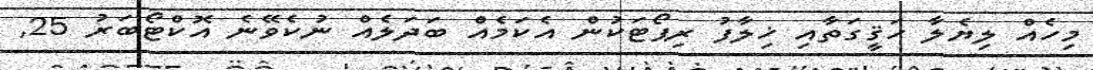
މިހެއް ލިޔެލާ ހަޤީގަތާއި ޚިލާފު ރިޕޯޓަކުން އެކަމެއް ބަދަލެއް ނުކެވޭނެ އޮކްޓޯބަރު 25